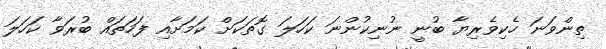
ތިންވަނަ ހެކިވެރިޔާ ބުނީ ނުނިކުންނަ ކަހަލަ ގޮތަކަށް ކަމަށާއި ފަހަތައް ބުރަވާ ކަހަލަ